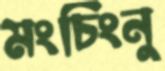
মংচিংনু